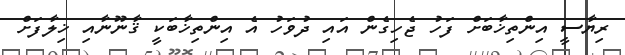
ރިޔާސީ އިންތިޚާބަށް ފަހު ޖެހިގެން އައި ދުވަހު އެ އިންތިޚާބަކީ ޤާނޫނާއި ޚިލާފަށް